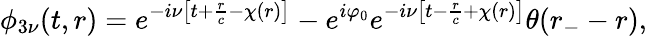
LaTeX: \phi_{3\nu}(t,r)=e^{-i\nu\left[t+\frac{r}{c}-\chi(r)\right]}-e^{i\varphi_{0}}e^{-i\nu\left[t-\frac{r}{c}+\chi(r)\right]}\theta(r_{-}-r),